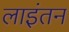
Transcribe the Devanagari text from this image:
लाइंतन